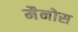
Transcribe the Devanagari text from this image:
मैनोस